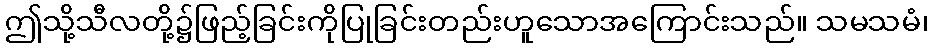
ဤသို့သီလတို့၌ဖြည့်ခြင်းကိုပြုခြင်းတည်းဟူသောအကြောင်းသည်။ သမသမံ၊